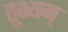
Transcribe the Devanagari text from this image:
तुभ्यम्